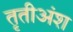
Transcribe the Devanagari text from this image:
तृतीअंश